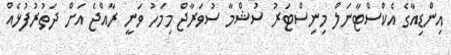
އިންޑިއާގެ އެކްސްޓާނަލް މިނިސްޓަރު ސުޝްމާ ސުވަރާޖް މިމަހު ވަނީ ރާއްޖެ އަށް ދަތުރުފުޅެއް